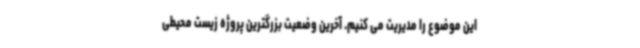
این موضوع را مدیریت می کنیم. آخرین وضعیت بزرگترین پروژه زیست محیطی